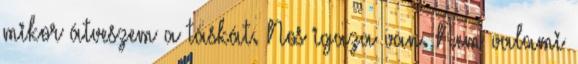
mikor átveszem a táskát. Nos igaza van. Nem valami